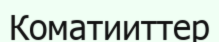
Коматииттер